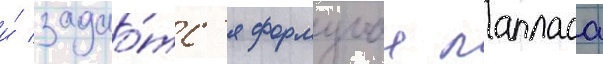
и́ задао́тс'я формулои лапласа